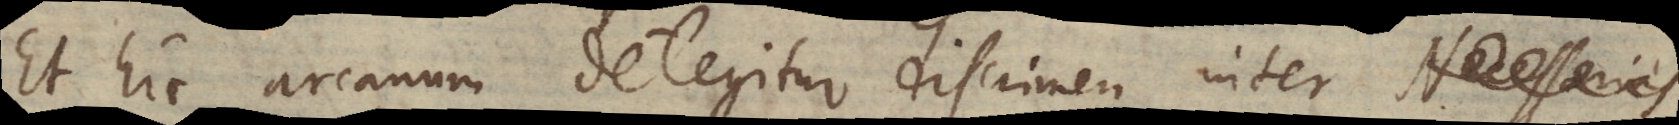
Et hic arcanum detegitur discrimen inter Necessarias